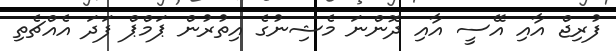
ފުރިޖް އާއި އޭސީ އާއި ދޮންނަ މެޝިނުގެ އިތުރުން ޕަމްޕް ފަދަ އެއްޗެތި